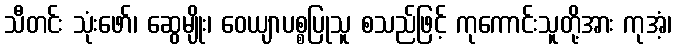
သီတင်း သုံးဖော်၊ ဆွေမျိုး၊ ဝေယျာပစ္စပြုသူ စသည်ဖြင့် ကုကောင်းသူတို့အား ကုအံ့၊